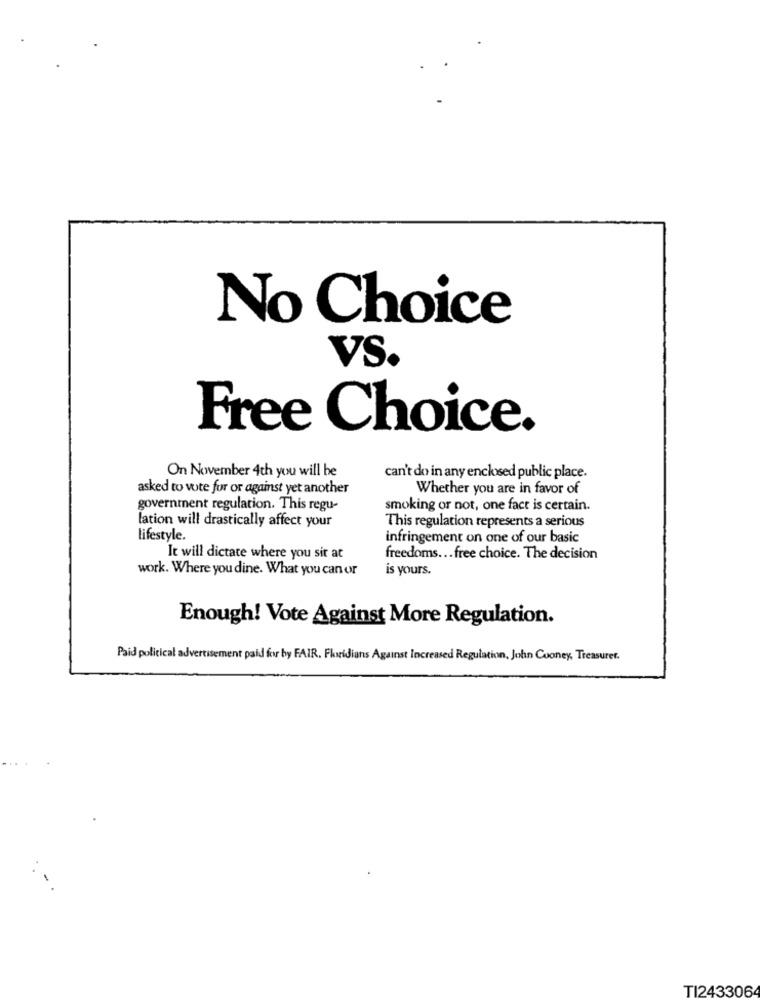
No Choice
VS.
Free Choice.
On November 4th you will be
can't do in any enclosed public place.
asked to vote for or against yet another
Whether you are in favor of
government regulation. This regu-
smoking or not, one fact is certain.
lation will drastically affect your
This regulation represents a serious
lifestyle.
infringement on one of our basic
It will dictate where you sir at
freedoms ... free choice. The decision
work. Where you dine. What you can or
is yours.
Enough! Vote Against More Regulation.
Paid political advertisement paid for by FAIR. Floridians Against Increased Regulation, John Cooney, Treasurer.
TI2433064